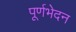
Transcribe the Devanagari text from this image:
पूर्णभेदन